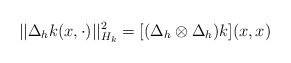
\begin{align*}||\Delta_h k(x,\cdot)||_{H_k}^2 = [(\Delta_h \otimes\Delta_h)k](x,x)\end{align*}